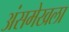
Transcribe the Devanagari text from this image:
अंसमेखला